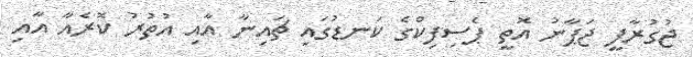
ޖުގުރާފީ ޖަޕާނު އޮތީ ޕެސިފިކްގެ ކަނޑުގައި ޗައިނާ އާއި އުތުރު ކޮރެއާ އާއި